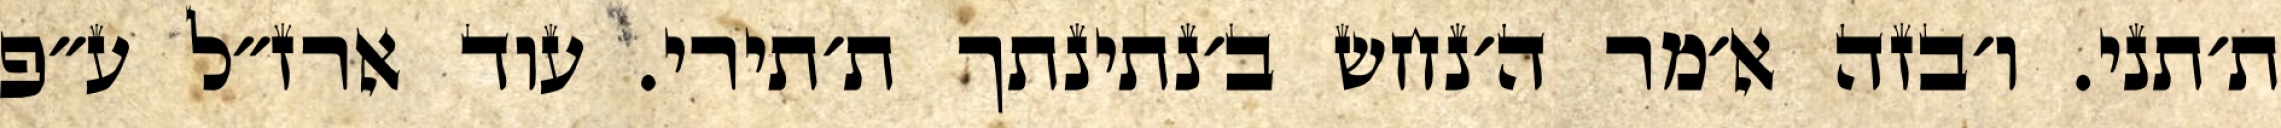
ת׳תני. ו׳בזה א׳מר ה׳נחש ב׳נתינתך ת׳תירי. עוד ארז״ל ע״פ